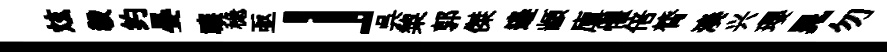
炫毅约晏禳稳亟」呉棃郭傑邉顓廪懼倍膂湊兴瓔晁勿